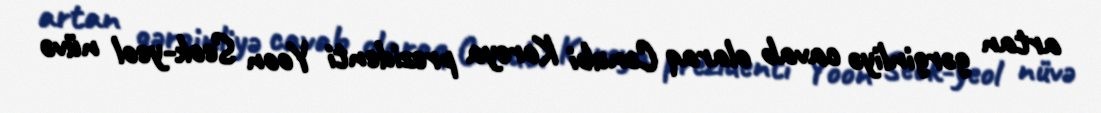
artan gərginliyə cavab olaraq Cənubi Koreya prezidenti Yoon Seok-yeol nüvə